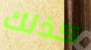
كذلك